Annual returns of the Patna Lunatic Asylum at Bankipore in Bihar and Orissa - 1912-1924
Year: 1912
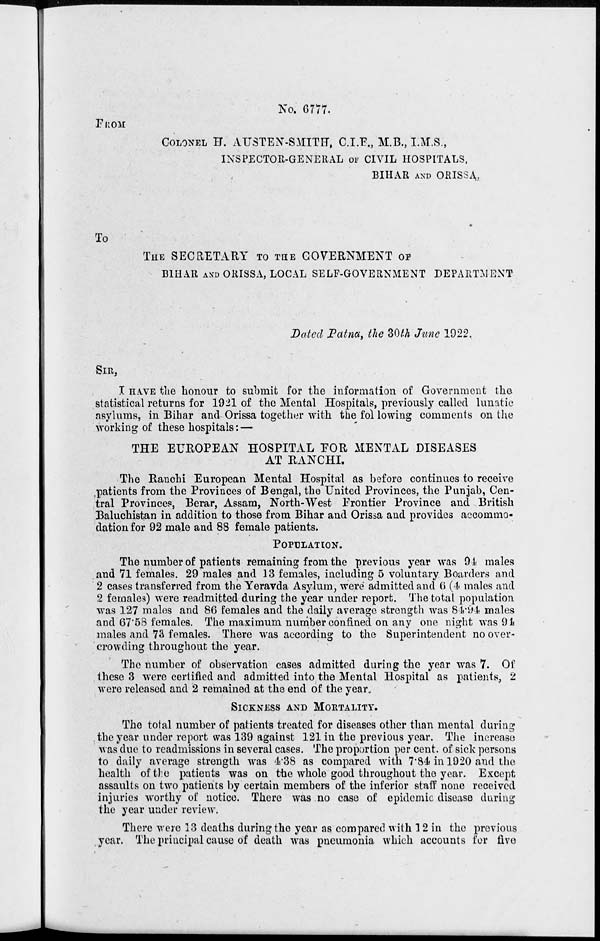
No. 6777.
FROM
COLONEL H. AUSTEN-SMITH, C.I.F., M.B., I.M.S.,
INSPECTOR-GENERAL OF CIVIL HOSPITALS,
BIHAR AND ORISSA,
To
THE SECRETARY TO TH GOVERNMENT OF
BIHAR AND ORISSA, LOCAL SELF-GOVERNMENT DEPARTMENT
Dated Patna, the 30th June 1922.
SIR,
I HAVE the honour to submit for the information of Government the
statistical returns for 1921 of the Mental Hospitals, previously called lunatic
asylums, in Bihar and Orissa together with the following comments on the
working of these hospitals: —
THE EUROPEAN HOSPITAL FOR MENTAL DISEASES
AT RANCHI.
The Ranchi European Mental Hospital as before continues to receive
patients from the Provinces of Bengal, the United Provinces, the Punjab, Cen-
tral Provinces, Berar, Assam, North-West Frontier Province and British
Baluchistan in addition to those from Bihar and Orissa and provides accommo-
dation for 92 male and 88 female patients.
POPULATION.
The number of patients remaining from the previous year was 94 males
and 71 females. 29 males and 13 females, including 5 voluntary Boarders and
2 cases transferred from the Yeravda Asylum, were admitted and 6 (4 males and
2 females) were readmitted during the year under report. The total population
was 127 males and 86 females and the daily average strength was 84.94 males
and 67.58 females. The maximum number confined on any one night was 94
males and 73 females. There was according to the Superintendent no over-
crowding throughout the year.
The number of observation cases admitted during the year was 7. Of
these 3 were certified and admitted into the Mental Hospital as patients, 2
were released and 2 remained at the end of the year.
SICKNESS AND MORTALITY.
The total number of patients treated for diseases other than mental during
the year under report was 139 against 121 in the previous year. The increase
was due to readmissions in several cases. The proportion per cent. of sick persons
to daily average strength was 4.38 as compared with 7.84 in 1920 and the
health of the patients was on the whole good throughout the year. Except
assaults on two patients by certain members of the inferior staff none received
injuries worthy of notice. There was no case of epidemic disease during
the year under review.
There were 13 deaths during the year as compared with 12 in the previous
year. The principal cause of death was pneumonia which accounts for five